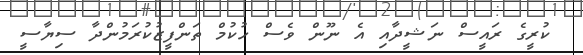
ކުރީގެ ރައީސް ނަޝީދާއި އެ ނޫން ވެސް ހުކުމް ތަންފީޒުކުރަމުންދާ ސިޔާސީ